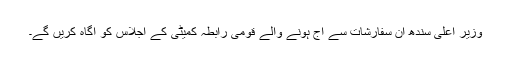
وزیر اعلیٰ سندھ ان سفارشات سے آج ہونے والے قومی رابطہ کمیٹٰی کے اجلاس کو آگاہ کریں گے۔